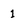
Character: l